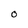
Character: O